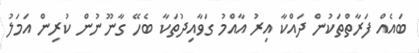
ބައެއް ފަރާތްތަކުން ދައްކާ އިރު އާއްމު ގަވާއިދުތަކާ ބެހޭ ގާނޫނުން ކުރިން އަމަލު